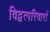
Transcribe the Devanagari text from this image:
विद्वत्परिवारों